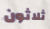
ثلاثون